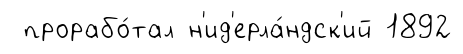
прорабо́тал н'ид'ерла́ндск'ий 1892